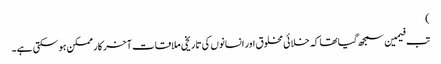
)
تب فیمین سمجھ گیا تھا کہ خلائی مخلوق اور انسانوں کی تاریخی ملاقات آخر کار ممکن ہو سکتی ہے۔